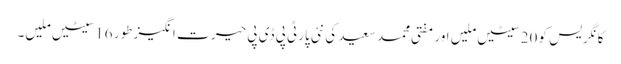
کانگریس کو 20سیٹیں ملیں اور مفتی محمد سعید کی نئی پارٹی پی ڈی پی حیر ت انگیز طور 16سیٹیں ملیں۔